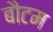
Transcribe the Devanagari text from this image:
बौटम